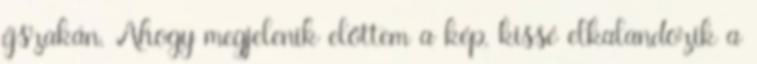
éjszakán. Ahogy megjelenik előttem a kép, kissé elkalandozik a